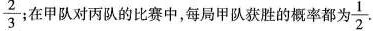
\frac{2}{3} 在甲队对丙队的比赛中，每局甲队获胜的概率都为 \frac{1}{2}.